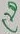
Text: C20